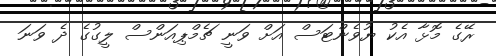
ރޭގެ މޮޅާ އެކު ޔުވެންޓަސް އަށް ވަނީ ޗެމްޕިއަންސް ލީގުގެ ދެ ވަނަ